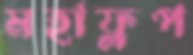
মহাফ্লপ